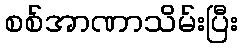
စစ်အာဏာသိမ်းပြီး